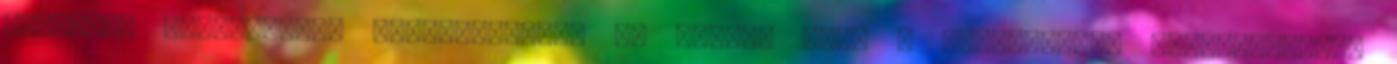
szereplő jogköröket. Kiegészítésem az lenne, hogy a külterületi mezőgazdasági